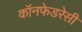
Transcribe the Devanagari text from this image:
कॉनफेडरेसी